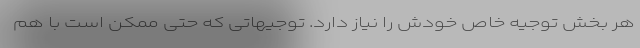
هر بخش توجیه خاص خودش را نیاز دارد. توجیهاتی که حتی ممکن است با هم